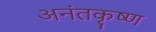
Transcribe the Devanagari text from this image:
अनंतकृष्ण